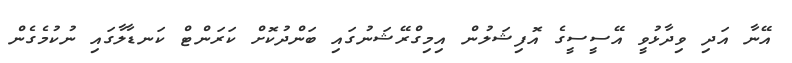
އޭނާ އަދި ވިދާޅުވީ އޭސީސީގެ އޮފިޝަލުން އިމިގްރޭޝަނުގައި ބަންދުކޮށް ކަރަންޓް ކަނޑާލާގައި ނުކުމެގެން